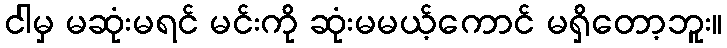
ငါမှ မဆုံးမရင် မင်းကို ဆုံးမမယ့်ကောင် မရှိတော့ဘူး။